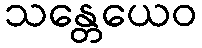
သန္တေယေဝ